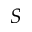
S